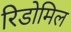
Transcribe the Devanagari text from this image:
रिडोमिल